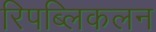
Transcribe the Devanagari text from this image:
रिपब्लिकलन